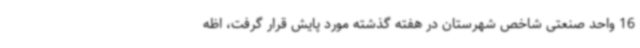
16 واحد صنعتی شاخص شهرستان در هفته گذشته مورد پایش قرار گرفت، اظه